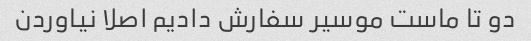
دو تا ماست موسیر سفارش دادیم اصلا نیاوردن